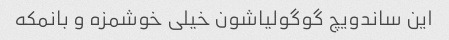
این ساندویچ گوگولیاشون خیلی خوشمزه و بانمکه